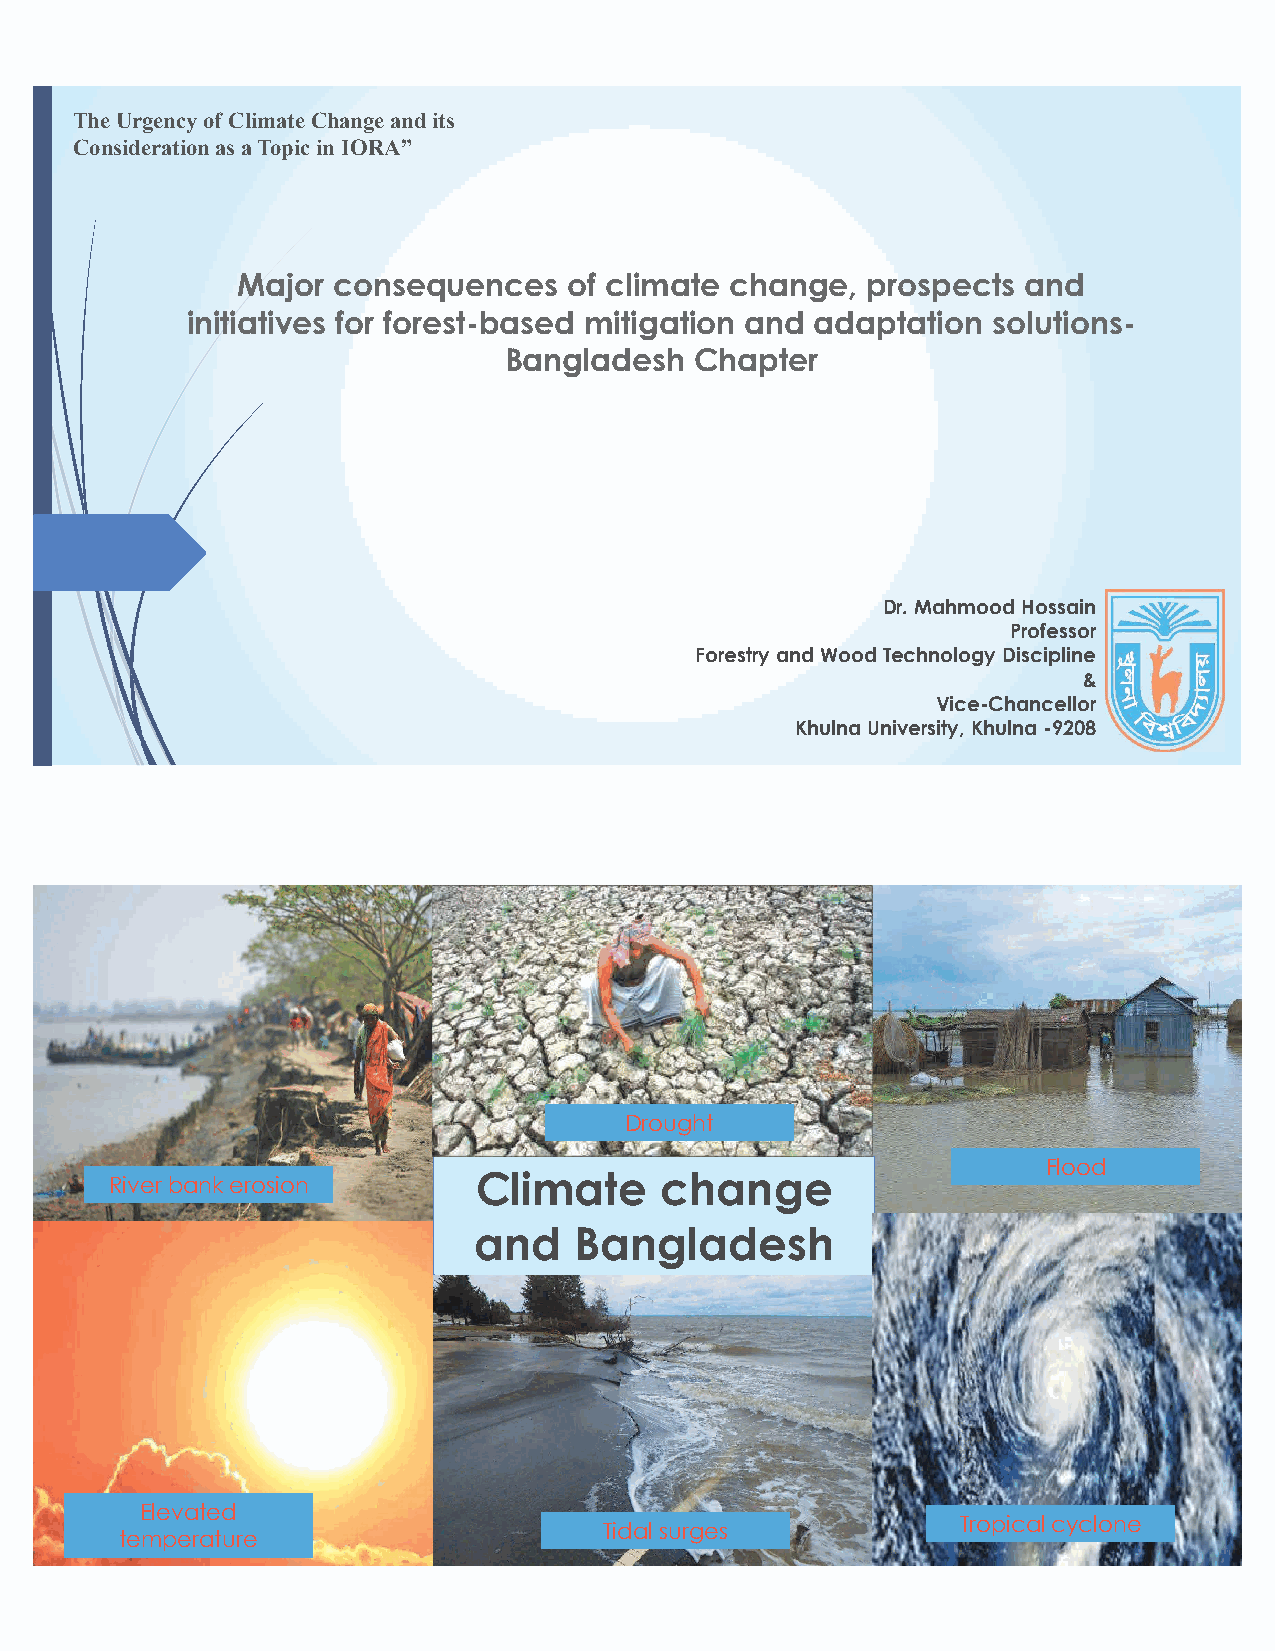
The Urgency of Climate Change and its
 Consideration as a Topic in IORA”
 Major consequences    of climate change, prospects  and
 initiatives for forest-based mitigation and adaptation solutions-
 Bangladesh   Chapter
 Dr. Mahmood Hossain
 Professor
 Forestry and Wood Technology Discipline
 &
 Vice-Chancellor
 Khulna University, Khulna -9208
 Drought
 Flood
 River bank erosion      Climate      change
 and    Bangladesh
 Elevated
 Tropical cyclone
 Tidal surges
 temperature